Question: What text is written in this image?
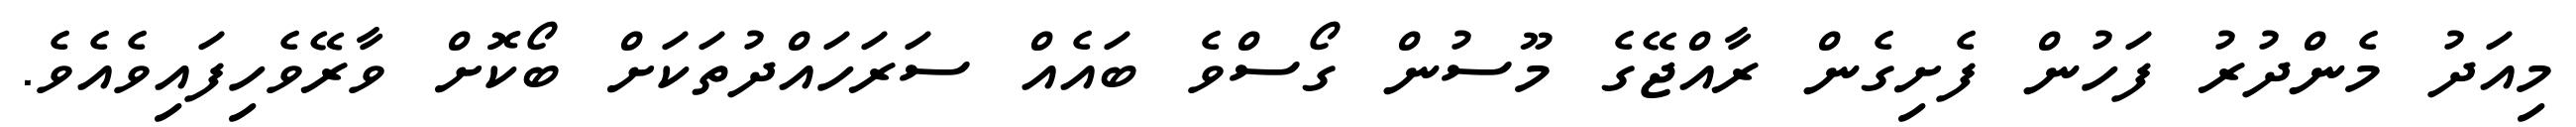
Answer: މިއަދު މެންދުރު ފަހުން ފެށިގެން ރާއްޖޭގެ މޫސުން ގޯސްވެ ބައެއް ސަރަހައްދުތަކަށް ބޯކޮށް ވާރޭވެހިފައިވެއެވެ.